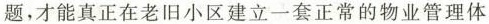
题，才能真正在老旧小区建立一套正常的物业管理体